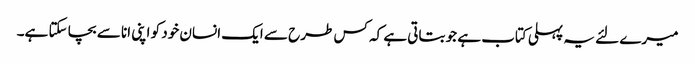
میرے لئے یہ پہلی کتاب ہے جو بتاتی ہے کہ کس طرح سے ایک انسان خود کو اپنی انا سے بچا سکتا ہے۔